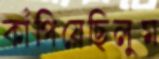
কাঁপিয়েছিলুম